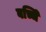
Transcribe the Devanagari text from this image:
बच्चेि